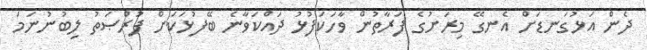
ދެން އަޅުގަނޑަށް އެނގޭ މިރަށުގެ ފަރާތުން ވާހަކަފުޅު ދައްކަވާނެ ބޭފުޅަކަށް ފުރްޞަތު ލިބުނުނަމަ